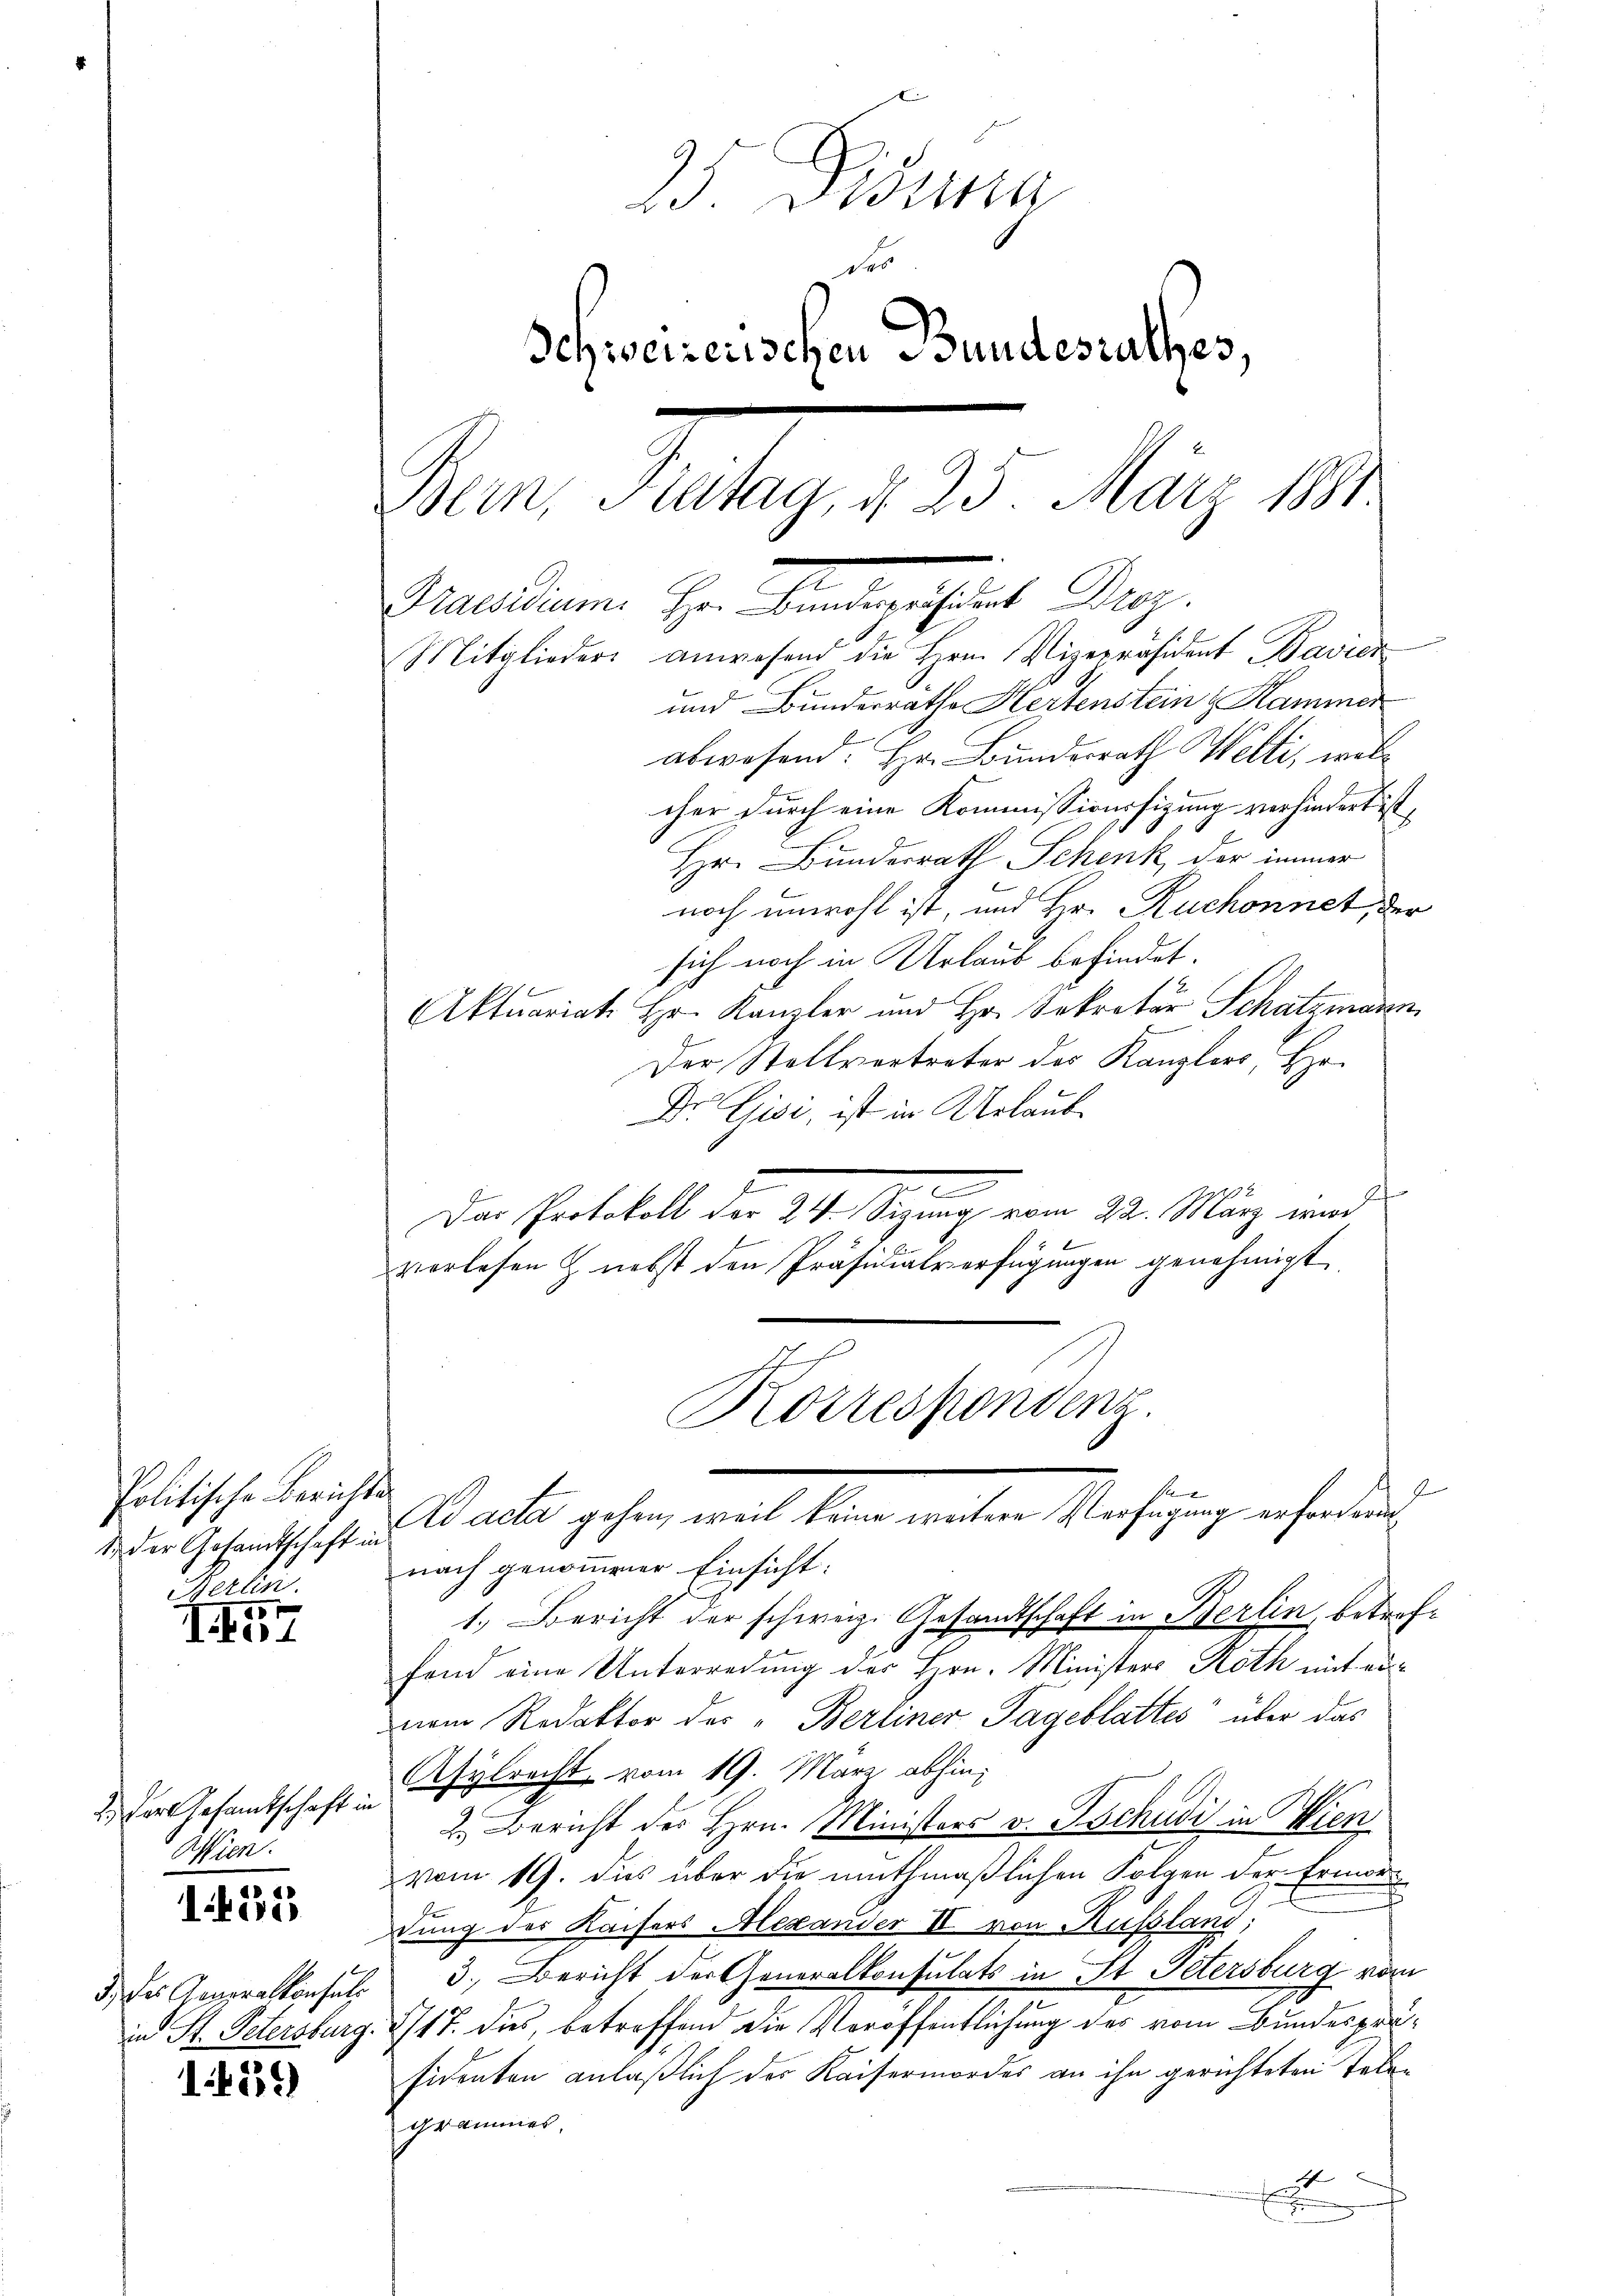
Politische Berichts
1. Der Gesandtschaft in
Berlin.

III

2.) Der Gesamtschaft.
W.

1. 535

1425)

25. Dista
Des
Schweizerischen Bundesrathes,
Bern, Fiatag, d. 25. März 1881
2
Praesidium. Hr. Bunderpräsident Droz.
Mitglieders anwesend die Hrn. Vizepräsident Bavier
und Bunderrathe Hertenstein & Hammer
abwesend: Hr. Bundesrath Welti, wel¬

cher durch eine Kommissionssitzung verhindert ist,
Hr. Bunderrath Schenk, der immer
noch unwohl ist, und Hr. Ruchonnet, der
sich noch in Urlaub befindet.
Aktuariat Hr. Kanzler und Hr. Sekretär Schatzmann
Der Stellvertreter des Kanzlers, Hers
Dr. Gisi, ist in Urlaub¬
2
¬
Das Protokoll der 24. Sizung vom 22. März wird
.
verlesen & nebst den Präsidialverfügungen genehmigt
Korrespondenz.
S
Mathe gesten mit keine weiten Washingen seinen
nach genommener Einsicht:
1.) Bericht der schweiz. Gesandtschaft in Berlin, betreffond eine Unterredung des Hrn. Ministers Roth mit einnem Redaktor des „Berliner Tageblattes über das
Asylrecht vom 19. März abhin
e
2. Bericht des Hrn. Ministers v. Tschudi in Wien
vom 19. dies über die muthmaßlichen Folgen der Ermor
dung des Kaisers Alexander II von Russland;
3.) Der Generalkonsuls 3. Bericht der Generalkonsulats in St. Petersburg vom
in St. Petersburg. 1717. dies, betreffend die Veröffentlichung des vom Bundespräsidenten anläßlich der Kaisermordes an ihn gerichteten Telegrammes,
t
d
.